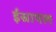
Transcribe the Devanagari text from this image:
ईस्रायल